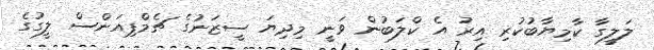
ލަލީގާ ކާމިޔާބުކުރި އިރު އެ ކްލަބުން ވަނީ މިދިޔަ ސީޒަނުގެ ޗެމްޕިއަންސް ލީގުގެ